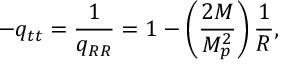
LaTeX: - q _ { t t } = \frac { 1 } { q _ { R R } } = 1 - \left( \frac { 2 M } { M _ { p } ^ { 2 } } \right) \frac { 1 } { R } ,